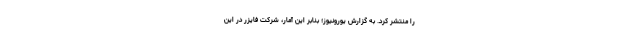
را منتشر کرد. به گزارش یورونیوز؛ بنابر این آمار، شرکت فایزر در این